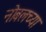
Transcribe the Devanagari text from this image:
नोबलच्या